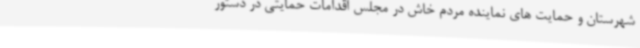
شهرستان و حمایت های نماینده مردم خاش در مجلس اقدامات حمایتی در دستور